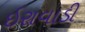
ઇરાવાડી